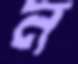
ন